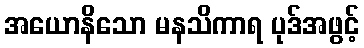
အယောနိသော မနသိကာရ ပုဒ်အဖွင့်